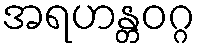
အရဟန္တဝဂ္ဂ